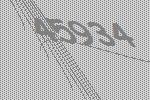
45934